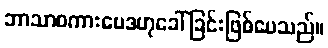
ဘာသာစကားဗေဒဟုခေါ်ခြင်းဖြစ်ပေသည်။